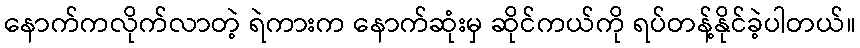
နောက်ကလိုက်လာတဲ့ ရဲကားက နောက်ဆုံးမှ ဆိုင်ကယ်ကို ရပ်တန့်နိုင်ခဲ့ပါတယ်။